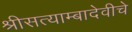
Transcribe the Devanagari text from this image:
श्रीसत्याम्बादेवीचे